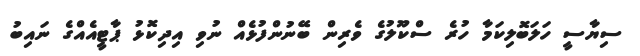
ސިޔާސީ ހަލަބޮލިކަމާ ހުރެ ސްކޫލުގެ ވެރިން ބޭނުންފުޅެއް ނުވި އިދިކޮޅު ޕާޓީއެއްގެ ނައިބު